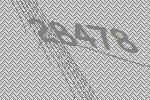
28478